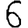
Digit: 6